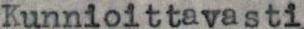
Kunnioittavasti,